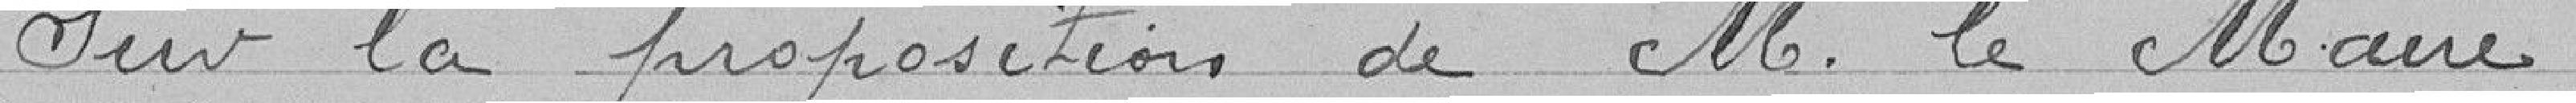
sur la proposition de M. le Maire,